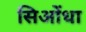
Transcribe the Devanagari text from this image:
सिओंधा